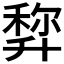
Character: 𠦿